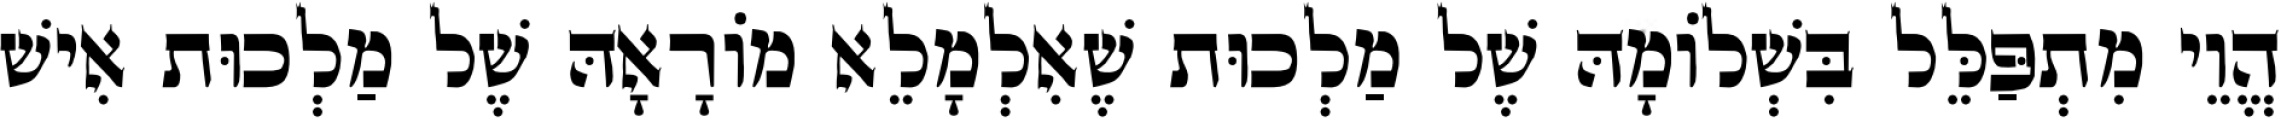
הֱוֵי מִתְפַּלֵּל בִּשְׁלוֹמָהּ שֶׁל מַלְכוּת שֶׁאִלְמָלֵא מוֹרָאָהּ שֶׁל מַלְכוּת אִישׁ